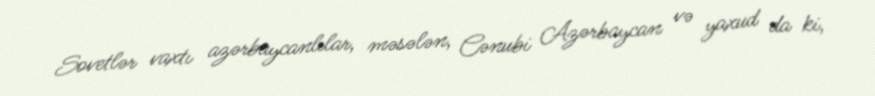
Sovetlər vaxtı azərbaycanlılar, məsələn, Cənubi Azərbaycan və yaxud da ki,